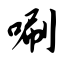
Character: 唰